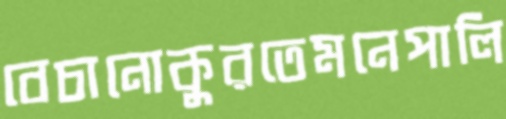
বেচানোকুরতেমনেপালি